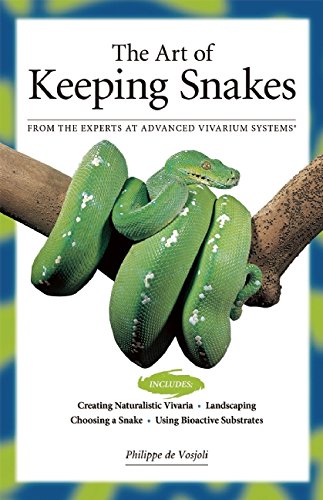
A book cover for The Art of Keeping Snakes; Philippe De Vosjoil; Crafts, Hobbies & Home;